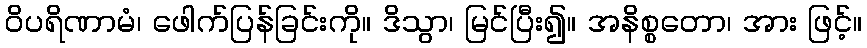
ဝိပရိဏာမံ၊ ဖေါက်ပြန်ခြင်းကို။ ဒိသွာ၊ မြင်ပြီး၍။ အနိစ္စတော၊ အား ဖြင့်။